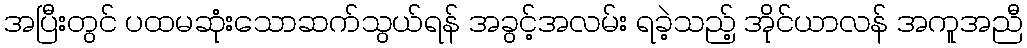
အပြီးတွင် ပထမဆုံးသောဆက်သွယ်ရန် အခွင့်အလမ်း ရခဲ့သည့် အိုင်ယာလန် အကူအညီ